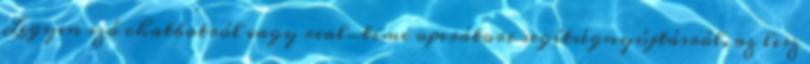
Legyen szó chatbotról vagy real-time operátori segítségnyújtásról, az lesz